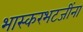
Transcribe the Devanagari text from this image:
भास्करभटजींना